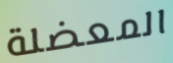
المعضلة